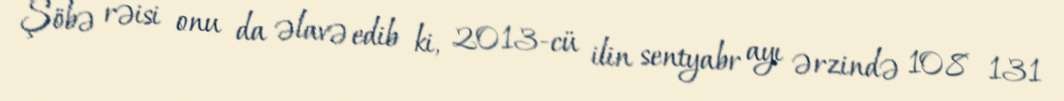
Şöbə rəisi onu da əlavə edib ki, 2013-cü ilin sentyabr ayı ərzində 108 131